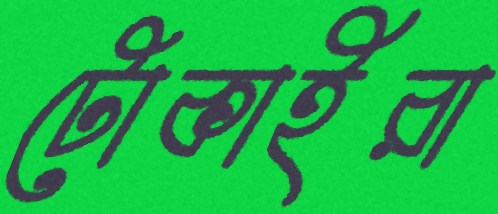
টোকাইরা